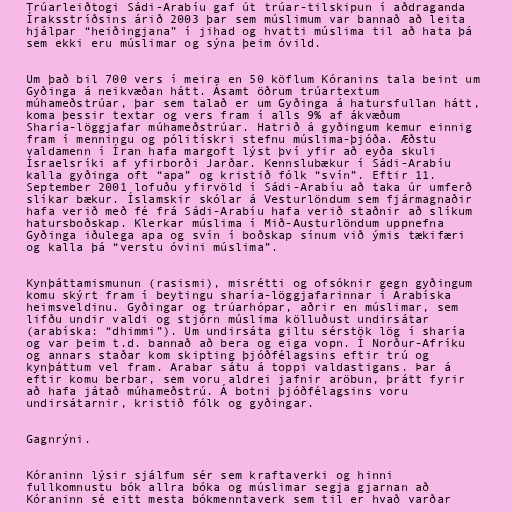
Trúarleiðtogi Sádi-Arabíu gaf út trúar-tilskipun í aðdraganda
Íraksstríðsins árið 2003 þar sem múslimum var bannað að leita
hjálpar “heiðingjana” í jihad og hvatti múslima til að hata þá
sem ekki eru múslimar og sýna þeim óvild.

Um það bil 700 vers í meira en 50 köflum Kóranins tala beint um
Gyðinga á neikvæðan hátt. Ásamt öðrum trúartextum
múhameðstrúar, þar sem talað er um Gyðinga á hatursfullan hátt,
koma þessir textar og vers fram í alls 9% af ákvæðum
Sharía-löggjafar múhameðstrúar. Hatrið á gyðingum kemur einnig
fram í menningu og pólitískri stefnu múslima-þjóða. Æðstu
valdamenn í Íran hafa margoft lýst því yfir að eyða skuli
Ísraelsríki af yfirborði Jarðar. Kennslubækur í Sádi-Arabíu
kalla gyðinga oft “apa” og kristið fólk “svín”. Eftir 11.
September 2001 lofuðu yfirvöld í Sádi-Arabíu að taka úr umferð
slíkar bækur. Íslamskir skólar á Vesturlöndum sem fjármagnaðir
hafa verið með fé frá Sádi-Arabíu hafa verið staðnir að slíkum
hatursboðskap. Klerkar múslima í Mið-Austurlöndum uppnefna
Gyðinga iðulega apa og svín í boðskap sínum við ýmis tækifæri
og kalla þá “verstu óvini múslima”.

Kynþáttamismunun (rasismi), misrétti og ofsóknir gegn gyðingum
komu skýrt fram í beytingu sharía-löggjafarinnar í Arabíska
heimsveldinu. Gyðingar og trúarhópar, aðrir en múslimar, sem
lifðu undir valdi og stjórn múslima kölluðust undirsátar
(arabíska: “dhimmi”). Um undirsáta giltu sérstök lög í sharía
og var þeim t.d. bannað að bera og eiga vopn. Í Norður-Afríku
og annars staðar kom skipting þjóðfélagsins eftir trú og
kynþáttum vel fram. Arabar sátu á toppi valdastigans. Þar á
eftir komu berbar, sem voru aldrei jafnir aröbun, þrátt fyrir
að hafa játað múhameðstrú. Á botni þjóðfélagsins voru
undirsátarnir, kristið fólk og gyðingar.

Gagnrýni.

Kóraninn lýsir sjálfum sér sem kraftaverki og hinni
fullkomnustu bók allra bóka og múslimar segja gjarnan að
Kóraninn sé eitt mesta bókmenntaverk sem til er hvað varðar